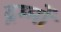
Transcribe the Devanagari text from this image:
द्रम्मों